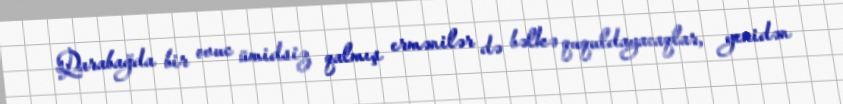
Qarabağda bir ovuc ümidsiz qalmış ermənilər də bəlkə ququldayacaqlar, yenidən